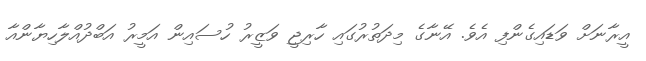
އީރާނަށް ވަޑައިގެންފި އެވެ. އޭނާގެ މިދަތުރުގައި ހާރިޖީ ވަޒީރު ހުސައިން އަމީރު އަބްދުއްލާހިޔާންއާ